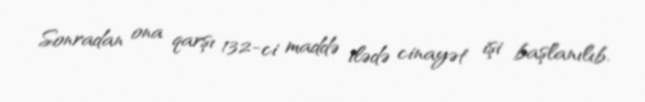
Sonradan ona qarşı 132-ci maddə ilədə cinayət işi başlanılıb.